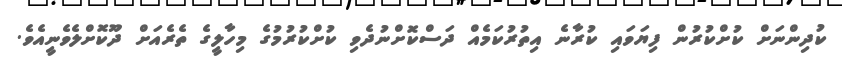
ކުދިންނަށް ކުށްކުރުން ފިޔަވައި ކުރާނެ އިތުރުކަމެއް ދަސްކޮށްނުދެވި ކުށްކުރުމުގެ މިހާލީގެ ތެރެއަށް ދޫކޮށްލެވެނީއެވެ.